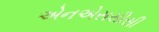
એનએસસીસી